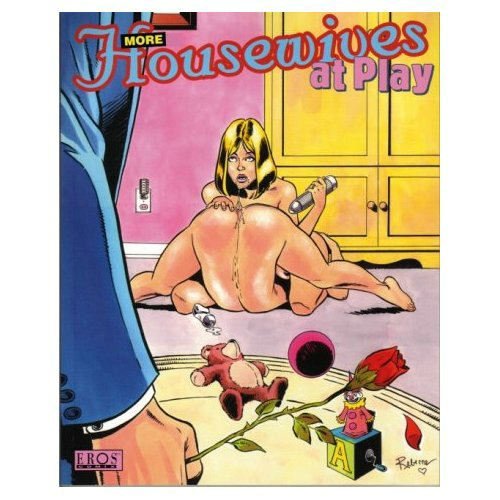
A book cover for More Housewives at Play  (v. 2); Rebecca; Romance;